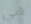
هي